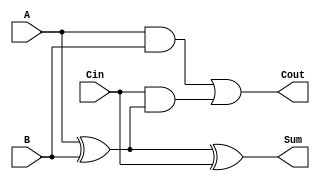
module FullAdder (
    input wire A,      // First input bit
    input wire B,      // Second input bit
    input wire Cin,    // Carry input
    output wire Sum,   // Sum output
    output wire Cout   // Carry output
);

// Internal signals
wire AxorB;         // Intermediate signal for A XOR B

// Compute the sum using XOR gates
assign AxorB = A ^ B; // A XOR B
assign Sum = AxorB ^ Cin; // (A XOR B) XOR Cin

// Compute the carry output using AND and OR gates
assign Cout = (A & B) | (Cin & AxorB); // (A AND B) OR (Cin AND (A XOR B))

endmodule